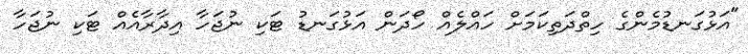
"އަޅުގަނޑުމެންގެ ހިތްދަތިކަމަށް ހައްލެއް ހޯދަން އަޅުގަނޑު ޓަކި ނުޖަހާ އިދާރާއެއް ޓަކި ނުޖަހާ